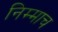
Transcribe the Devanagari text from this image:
निम्माच